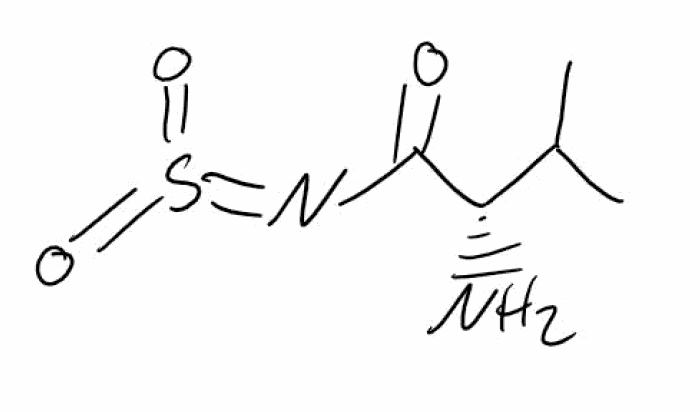
Simplified molecular-input line-entry system (SMILES) notation of the given molecule:
CC(C)[C@@H](C(=O)N=S(=O)=O)N